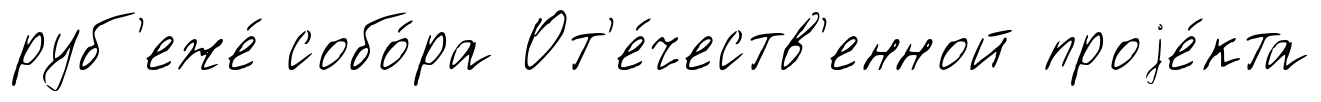
руб'еже́ собо́ра От'е́честв'енной проjе́кта